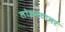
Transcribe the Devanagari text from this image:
लोइनटामर